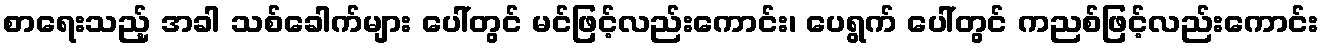
စာရေးသည့် အခါ သစ်ခေါက်များ ပေါ်တွင် မင်ဖြင့်လည်းကောင်း၊ ပေရွက် ပေါ်တွင် ကညစ်ဖြင့်လည်းကောင်း